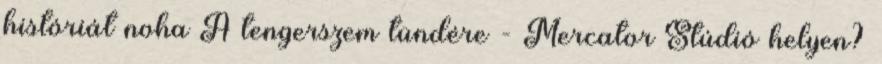
históriát noha A tengerszem tündére - Mercator Stúdió helyen?